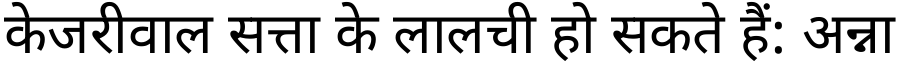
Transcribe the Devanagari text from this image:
केजरीवाल सत्ता के लालची हो सकते हैं: अन्ना